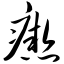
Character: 瘛